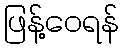
ဖြန့်ဝေရန်